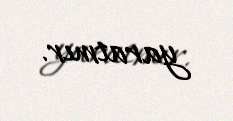
yaratmır.